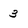
Character: 3